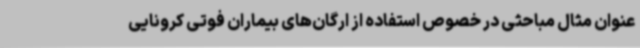
عنوان مثال مباحثی در خصوص استفاده از ارگان‌های بیماران فوتی کرونایی